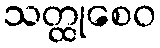
သတ္ထုစေဝ